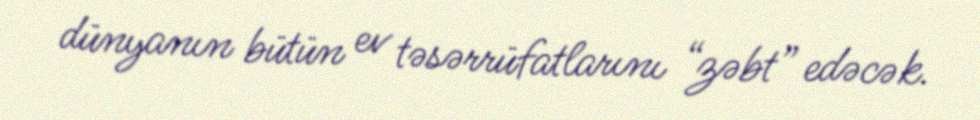
dünyanın bütün ev təsərrüfatlarını “zəbt” edəcək.